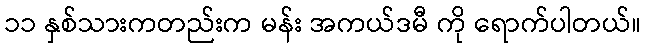
၁၁ နှစ်သားကတည်းက မန်း အကယ်ဒမီ ကို ရောက်ပါတယ်။